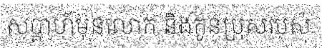
សប្តាហ៍មុនលោក និងកូនប្រុសរបស់